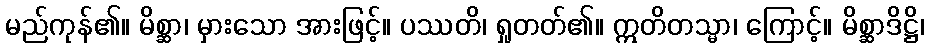
မည်ကုန်၏။ မိစ္ဆာ၊ မှားသော အားဖြင့်။ ပဿတိ၊ ရှုတတ်၏။ ဣတိတသ္မာ၊ ကြောင့်။ မိစ္ဆာဒိဋ္ဌိ၊